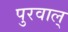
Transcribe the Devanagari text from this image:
पुरवाल्